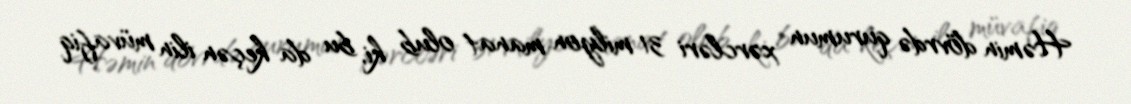
Həmin dövrdə qurumun xərcləri 31 milyon manat olub ki, bu da keçən ilin müvafiq